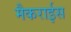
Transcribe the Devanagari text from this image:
मैकराईस